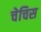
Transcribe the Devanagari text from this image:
चेचिस